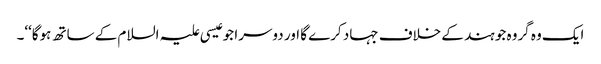
ایک وہ گروہ جو ہند کے خلاف جہاد کرے گا اور دوسرا جو عیسی علیہ السلام کے ساتھ ہوگا‘‘۔